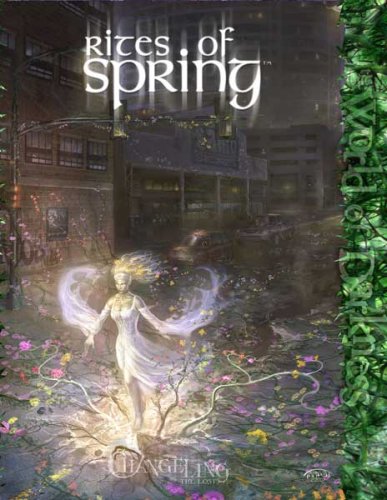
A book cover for Changeling Rites of Spring *OP (Changeling: The Lost); Jess Hartley; Science Fiction & Fantasy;